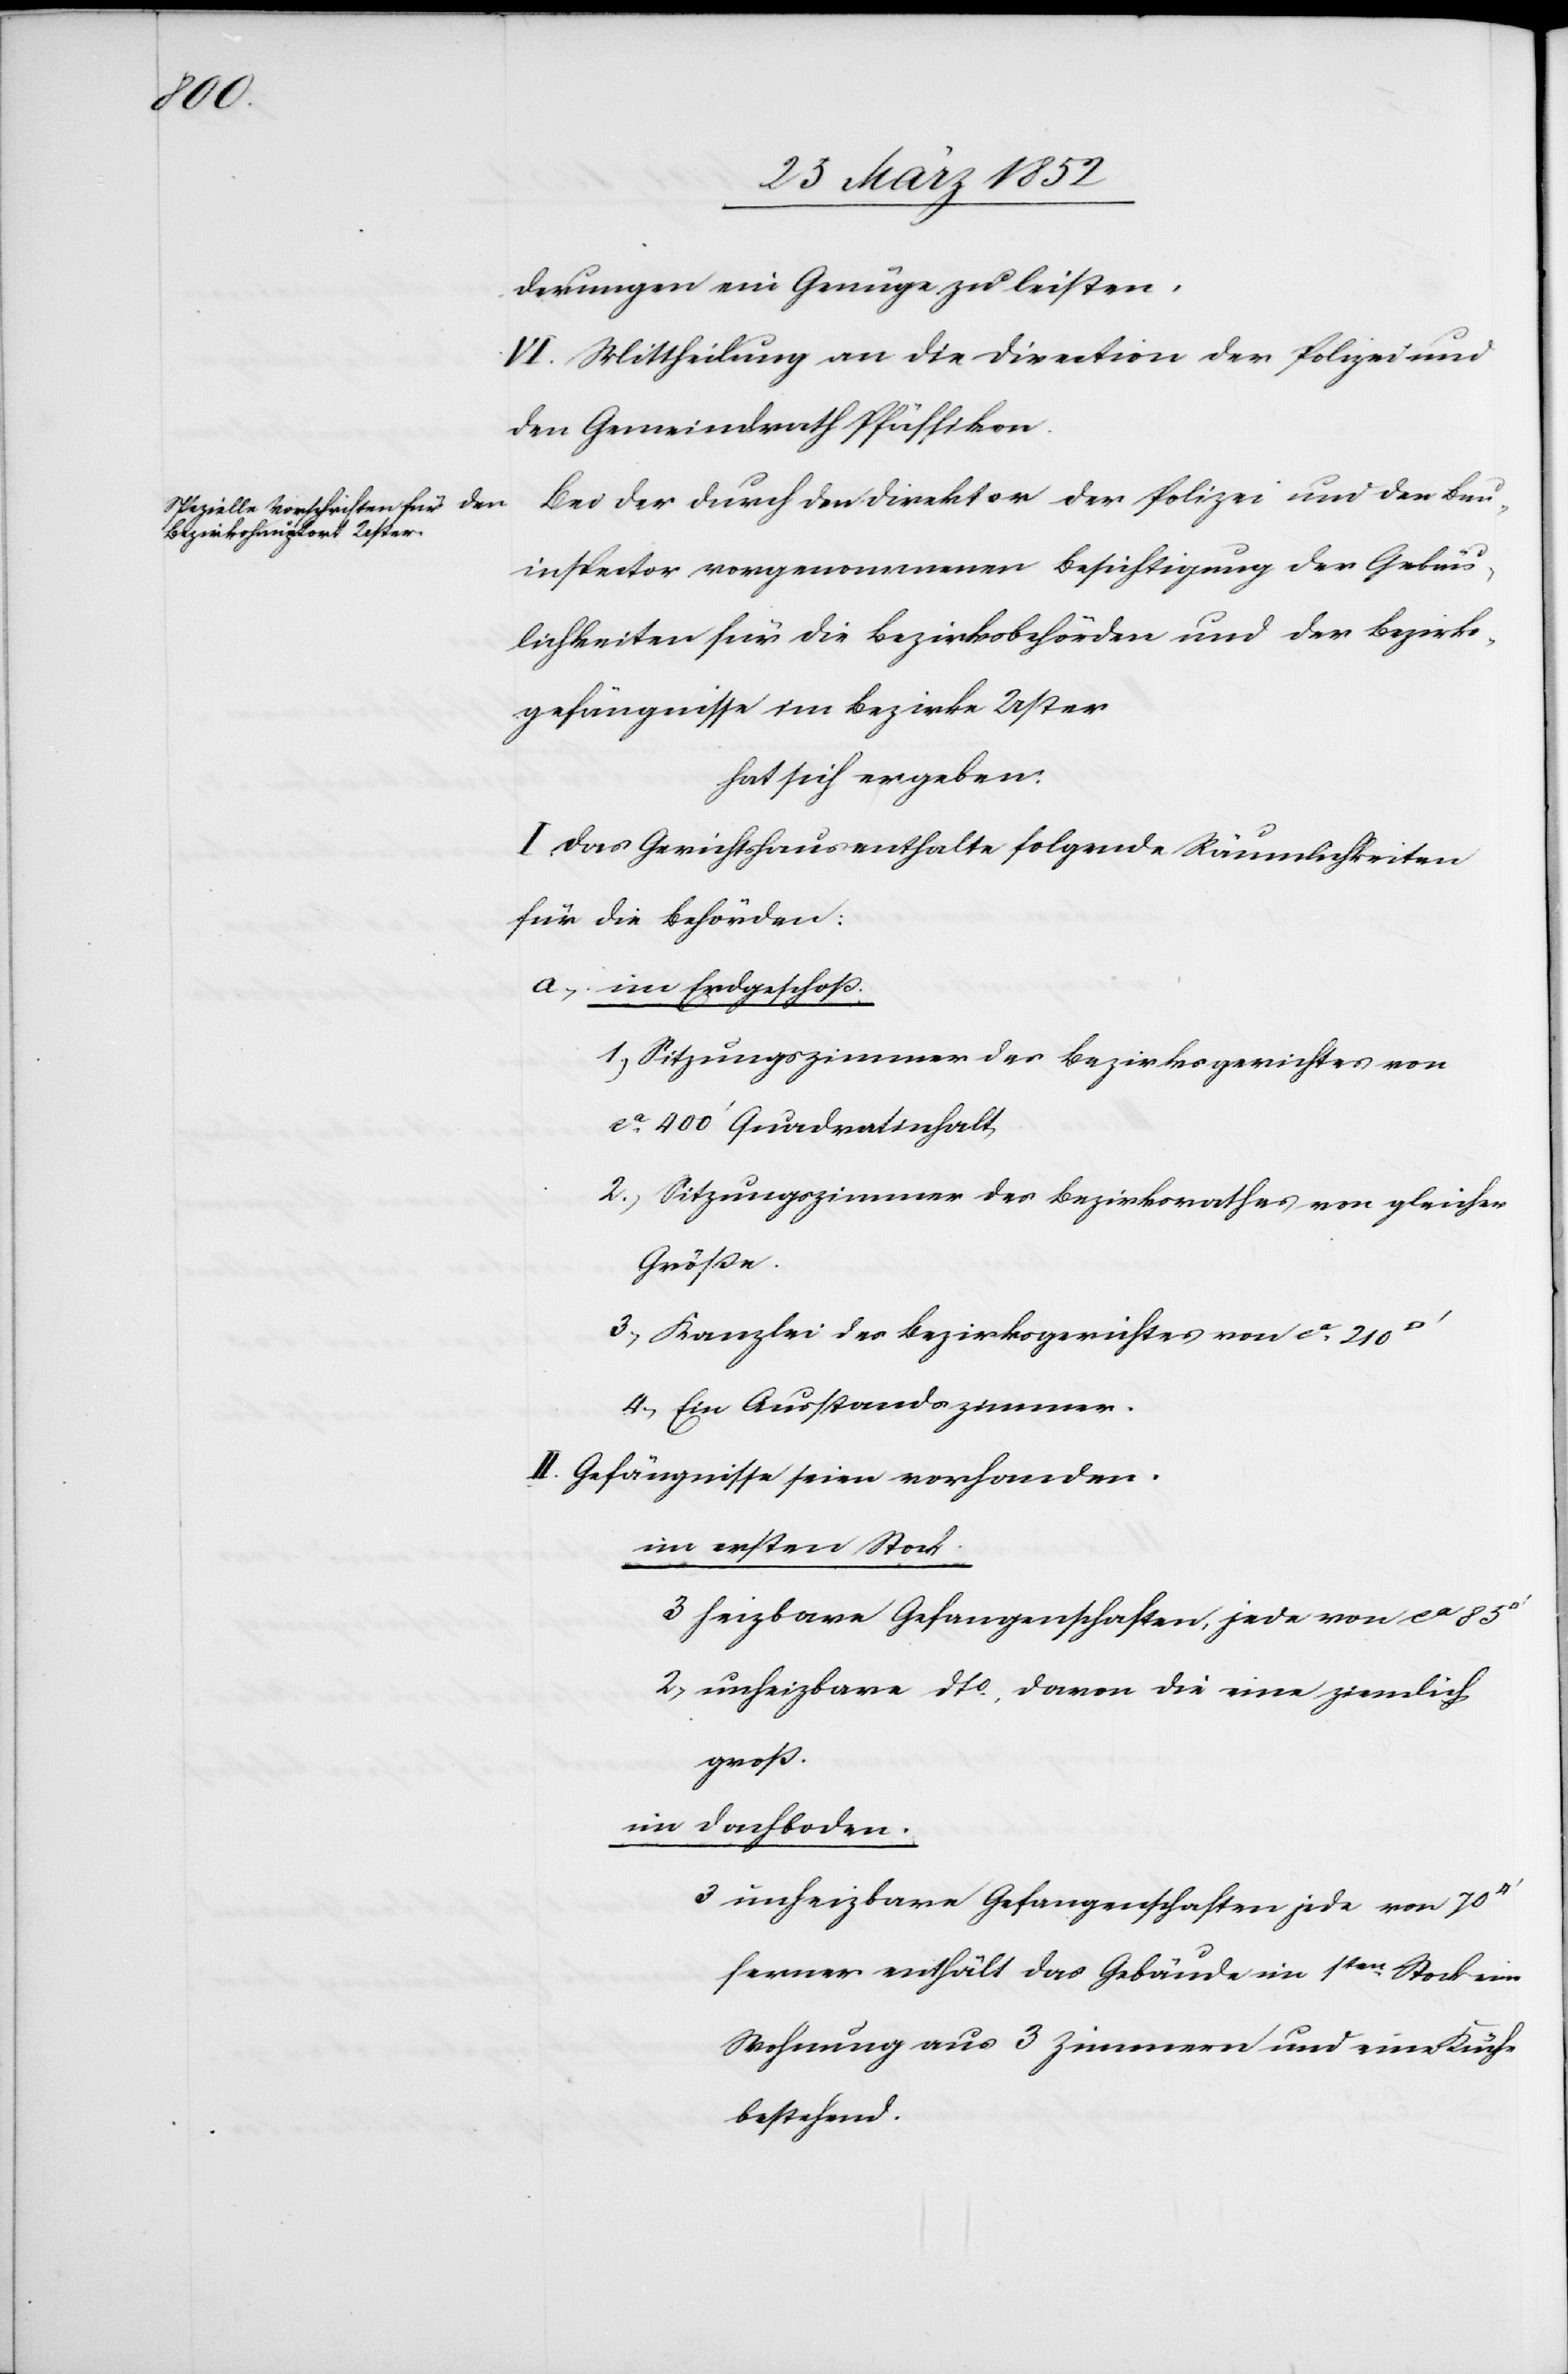
derungen ein Genüge zu leisten.
VI. Mittheilung an die Direction der Polizei und
den Gemeindrath Pfäffikon.
Bei der durch den Direktor der Polizei und den Bau¬
inspector vorgenommenen Besichtigung der Gebäu¬
lichkeiten für die Bezirksbehörden und der Bezirks¬
gefängnisse im Bezirke Uster
hat sich ergeben.
I. Das Gerichtshaus enthalte folgende Räumlichkeiten
für die Behörden:
a) im Erdgeschoß.
1) Sitzungszimmer des Bezirksgerichtes von
ca 400‘ Quadratinhalt.
2) Sitzungszimmer des Bezirksrathes vom gleicher
Größe.
3) Kanzlei des Bezirksgerichtes von ca 210
4) Ein Ausstandszimmer.
II. Gefängnisse seien vorhanden.
im ersten Stock.
3 heizbare Gefangenschaften, jede von ca 85
2 unheizbare dto, davon die eine ziemlich
groß.
im Dachboden.
3 unheizbare Gefangenschaften jede von 70
ferner enthält das Gebäude im 1ten Stock eine
Wohnung aus 3 Zimmern und einer Küche
bestehend